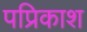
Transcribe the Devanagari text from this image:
पप्रिकाश